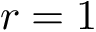
r = 1